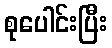
စုပေါင်းပြီး